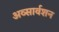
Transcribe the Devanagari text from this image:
अव्सार्वशन